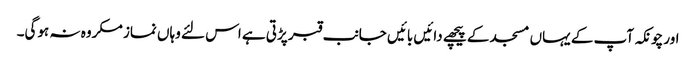
اور چونکہ آپ کے یہاں مسجد کے پیچھے دائیں بائیں جانب قبر پڑتی ہے اس لئے وہاں نماز مکروہ نہ ہوگی۔